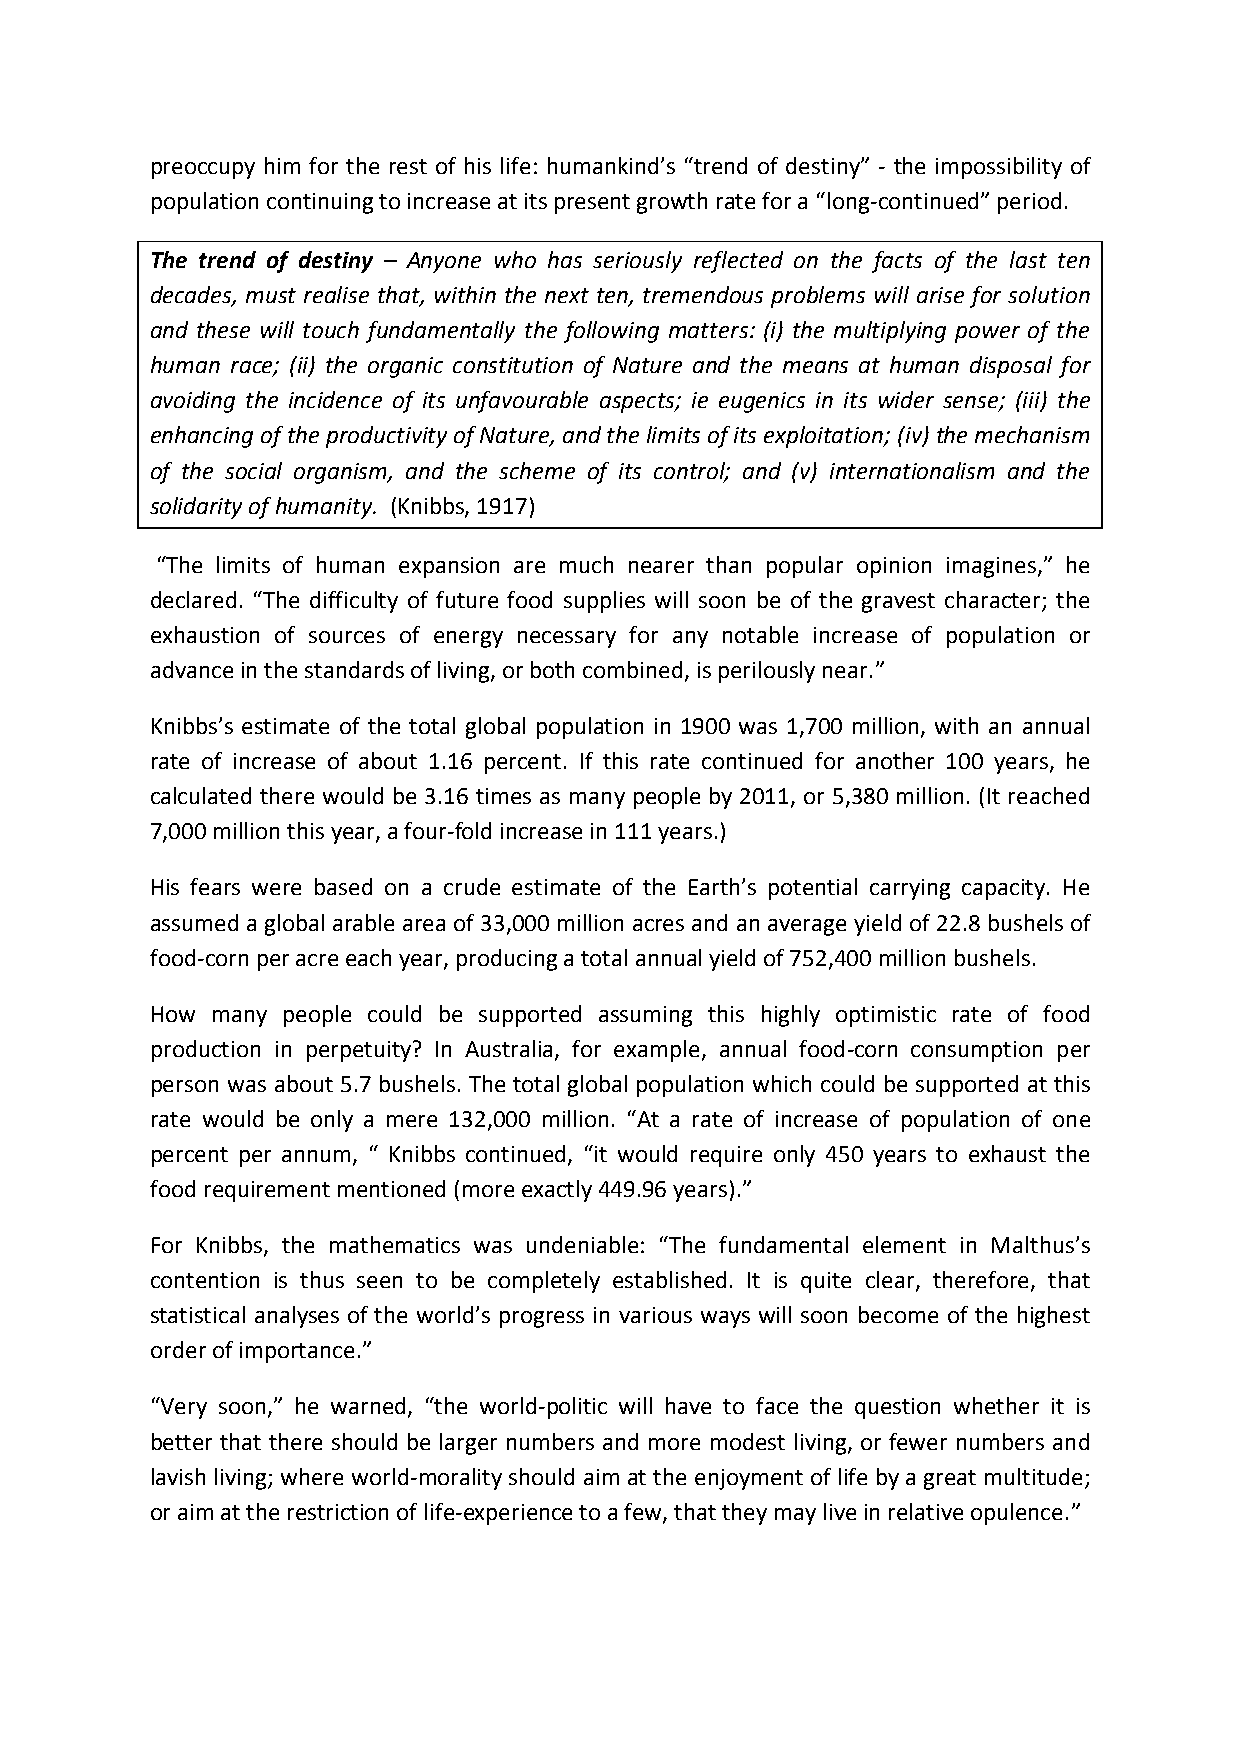
preoccupy him for the rest of his life: humankind’s “trend of destiny” - the impossibility of
 populationcontinuingtoincreaseatitspresentgrowthratefora“long-continued”period.
 The trend of destiny – Anyone who has seriously reflected on the facts of the last ten
 decades, must realise that, within the next ten, tremendous problems will arise for solution
 and these will touch fundamentally the following matters: (i) the multiplying power of the
 human race; (ii) the organic constitution of Nature and the means at human disposal for
 avoiding the incidence of its unfavourable aspects; ie eugenics in its wider sense; (iii) the
 enhancingoftheproductivityofNature,andthelimitsofitsexploitation;(iv)themechanism
 of the social organism, and the scheme of its control; and (v) internationalism and the
 solidarityofhumanity. (Knibbs,1917)
 “The limits of human expansion are much nearer than popular opinion imagines,” he
 declared. “The difficulty of future food supplies will soon be of the gravest character; the
 exhaustion of sources of energy necessary for any notable increase of population or
 advanceinthestandardsofliving,orbothcombined,isperilouslynear.”
 Knibbs’s estimate of the total global population in 1900 was 1,700 million, with an annual
 rate of increase of about 1.16 percent. If this rate continued for another 100 years, he
 calculated there would be 3.16 times as many people by 2011, or 5,380 million. (It reached
 7,000millionthisyear,afour-foldincreasein111years.)
 His fears were based on a crude estimate of the Earth’s potential carrying capacity. He
 assumeda global arablearea of 33,000million acresand anaverageyieldof 22.8 bushels of
 food-cornperacreeachyear,producingatotalannualyieldof752,400millionbushels.
 How many people could be supported assuming this highly optimistic rate of food
 production in perpetuity? In Australia, for example, annual food-corn consumption per
 person was about 5.7 bushels. The total global population which could be supported at this
 rate would be only a mere 132,000 million. “At a rate of increase of population of one
 percent per annum, “ Knibbs continued, “it would require only 450 years to exhaust the
 foodrequirementmentioned(moreexactly449.96years).”
 For Knibbs, the mathematics was undeniable: “The fundamental element in Malthus’s
 contention is thus seen to be completely established. It is quite clear, therefore, that
 statistical analyses of the world’s progress in various ways will soon become of the highest
 orderofimportance.”
 “Very soon,” he warned, “the world-politic will have to face the question whether it is
 better that there should be larger numbers and more modest living, or fewer numbers and
 lavish living; where world-moralityshould aim atthe enjoyment of life bya great multitude;
 oraimattherestrictionoflife-experiencetoafew,thattheymayliveinrelativeopulence.”